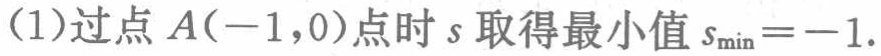
(1)过点\(A(-1,0)\)点时\(s\)取得最小值\(s_{\min}=-1\).